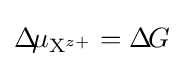
\Delta \!\mu _{\mathrm {X} ^{z+}}=\Delta \!G